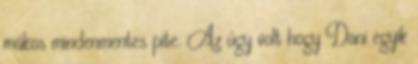
mákos mindenmentes pite. Az úgy volt hogy Dani egyik